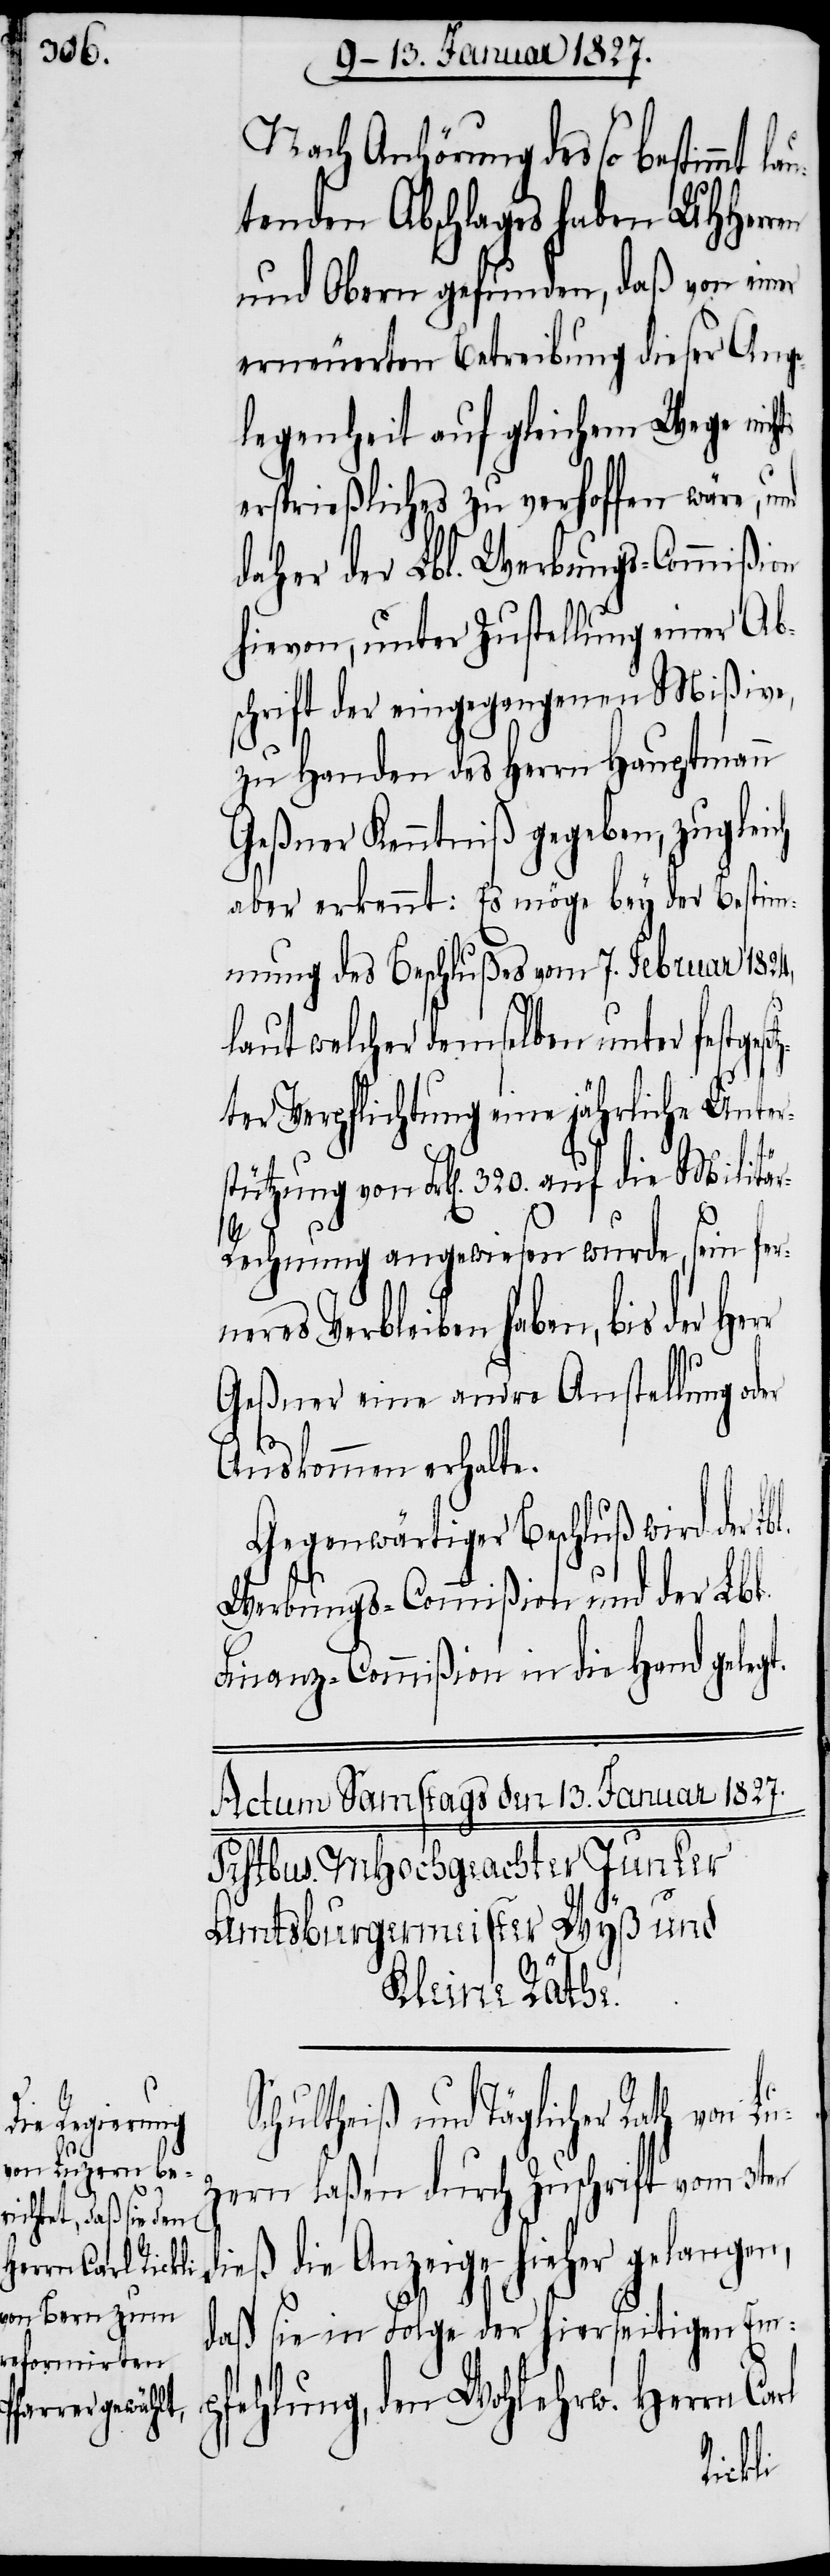
Nach Anhörung des so bestimmt l¬
tenden Abschlages haben UHHerren
und Oberen gefunden, daß von einer
erneuerten Betreibung dieser Ange¬
legenheit auf gleichem Wege nich¬
ersprießliches zu verhoffen wäre, und
daher der Lbl. Werbungs-Commißion
hievon, unter Zustellung einer Ab¬
schrift der eingegangenen Mißive,
zu Handen des Herrn Hauptmann
Geßner Kenntniß gegeben, zugleich
aber erkennt: Es möge bey der Bestim¬
mung des Beschlußes vom 7. Februar 1824,
ts
laut welcher demselben unter festges¬
ter Verpflichtung eine jährliche Unter¬
stützung von Frk[en]. 320. auf die Militä¬
Lu¬
r-Rechnung angewiesen wurde, sein fern¬
eres Verbleiben haben, bis der
Geßner eine andere Anstellung oder
Auskommen erhalte.
Gegenwärtiger Beschluß wird der Lb¬
Werbungs-Commißion und der Lbl.
Finanz-Commißion in die Hand gelegt.
l.
chultheiß und Täglicher Rath von
zern laßen durch Zuschrift vom 3ten
dieß die Anzeige hieher gelangen,
daß sie in Folge der hierseitigen Em¬
pfehlung, den Wohlerw. Herrn Ca¬
rl